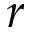
\boldsymbol { r }